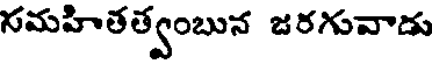
నమహితత్వంబున జరగువాడు